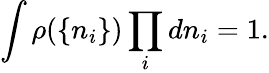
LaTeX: \int\rho(\{ n_{i}\} )\prod_{i}dn_{i}=1.